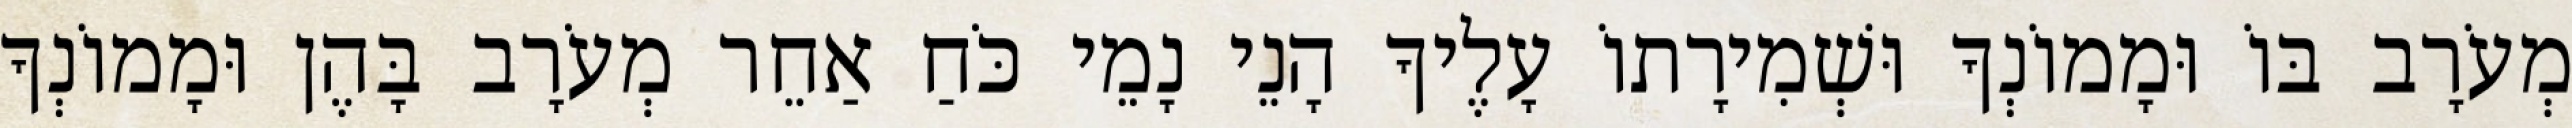
מְעֹרָב בּוֹ וּמָמוֹנְךָ וּשְׁמִירָתוֹ עָלֶיךָ הָנֵי נָמֵי כֹּחַ אַחֵר מְעֹרָב בָּהֶן וּמָמוֹנְךָ